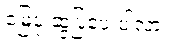
မြေပုံ ဆွဲပြပေးပါလား။